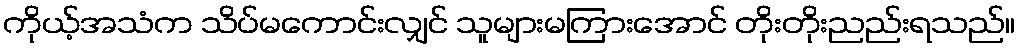
ကိုယ့်အသံက သိပ်မကောင်းလျှင် သူများမကြားအောင် တိုးတိုးညည်းရသည်။